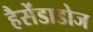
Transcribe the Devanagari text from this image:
हैसेंडाडोज